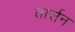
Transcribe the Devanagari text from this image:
तार्सन